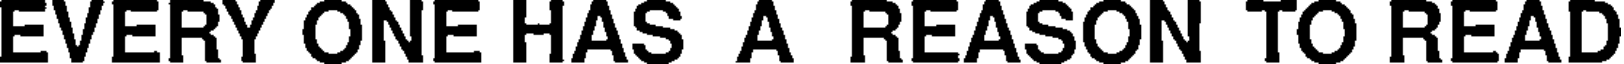
EVERY ONE HAS A REASON TO READ